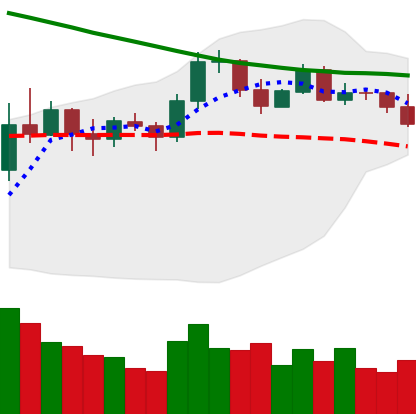
Ticker: EOS-USD
Chart end date: 2019-11-15
Forward return: -7.408%
Label: down_7plus